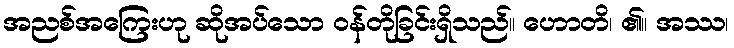
အညစ်အကြေးဟု ဆိုအပ်သော ဝန်တိုခြင်းရှိသည်။ ဟောတိ၊ ၏။ အဿ၊